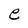
Character: e